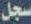
سجل